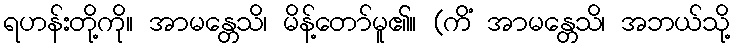
ရဟန်းတို့ကို။ အာမန္တေသိ၊ မိန့်တော်မူ၏။ (ကိံ အာမန္တေသိ၊ အဘယ်သို့